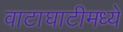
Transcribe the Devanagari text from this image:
वाटाघाटीमध्ये